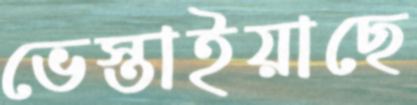
ভেস্তাইয়াছে